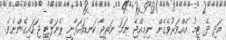
އަދި ދެ ޓީމު އެއްވަރުވެގެން ނިމިއްޖެ ނަމަ ނަތީޖާ ކަނޑައަޅާނީ ޕެނަލްޓީ ޖަހައިގެންނެވެ.